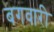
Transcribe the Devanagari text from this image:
बगवारी